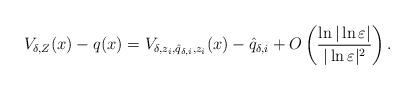
LaTeX: \begin{align*}V_{\delta,Z}(x)-q(x)=V_{\delta, z_i, \hat{q}_{\delta,i}, z_i}(x)-\hat{q}_{\delta,i}+O\left( \frac{\ln|\ln\varepsilon|}{|\ln\varepsilon|^2}\right).\end{align*}